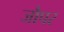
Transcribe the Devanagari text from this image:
जौपर